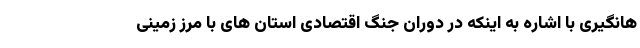
هانگیری با اشاره به اینکه در دوران جنگ اقتصادی استان های با مرز زمینی